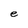
Character: e